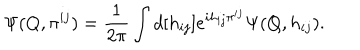
LaTeX: \Psi ( Q , \pi ^ { i j } ) = \frac { 1 } { 2 \pi } \int d [ h _ { i j } ] e ^ { i h _ { i j } \pi ^ { i j } } \Psi ( Q , h _ { i j } ) .